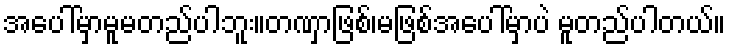
အပေါ်မှာမူမတည်ပါဘူး။တဏှာဖြစ်၊မဖြစ်အပေါ်မှာပဲ မူတည်ပါတယ်။